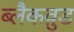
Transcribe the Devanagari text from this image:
ब्लैकव़ुड